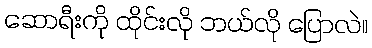
ဆောရီးကို ထိုင်းလို ဘယ်လို ပြောလဲ။